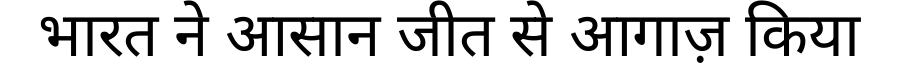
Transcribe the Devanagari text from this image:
भारत ने आसान जीत से आगाज़ किया